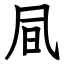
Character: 凬